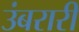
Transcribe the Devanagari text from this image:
उंबरारी